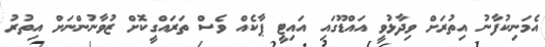
އެމަނިކުފާނު އިތުރަށް ވިދާޅުވީ އައްޑޫގައި އައިޓީ ޕާކެއް ވެސް ތަރައްގީކޮށް ޒުވާނުންނަށް އިތުރު